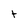
Character: t